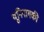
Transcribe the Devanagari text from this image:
यूनिनागकी